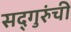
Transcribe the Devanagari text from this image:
सद्‍गुरुंची